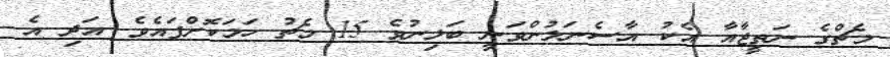
މެޗްގެ ނަތީޖާއާ އެކު އާސެނަލުންވަނީ ބަލިނުވެ 15 މެޗު ހަމަކޮށްފައެވެ. އަދި އެ